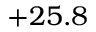
+ 2 5 . 8